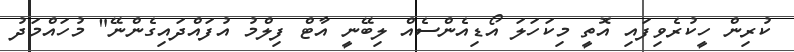
ކުރިން ހީކުރެވިފައި އޮތީ މިކަހަލަ އޯޑިއެންސެއް ލިބޭނީ އާޓް ފިލްމު އުފައްދައިގެންނޭ" މުހައްމަދު